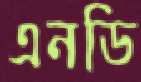
এনডি